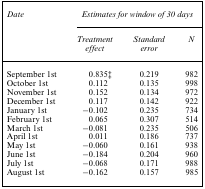
<table><thead><tr><td rowspan="2"><b><i>Date</i></b></td><td colspan="3"><b><i>Estimates for window of 30 days</i></b></td></tr><tr><td><b><i>Treatment</i></b></td><td><b><i>Standard</i></b></td><td><b><i>N</i></b></td></tr><tr><td></td><td><b><i>effect</i></b></td><td><b><i>error</i></b></td><td></td></tr></thead><tbody><tr><td>September 1st</td><td>0.835‡</td><td>0.219</td><td>982</td></tr><tr><td>October 1st</td><td>0.112</td><td>0.135</td><td>998</td></tr><tr><td>November 1st</td><td>0.152</td><td>0.134</td><td>972</td></tr><tr><td>December 1st</td><td>0.117</td><td>0.142</td><td>922</td></tr><tr><td>January 1st</td><td>−0.102</td><td>0.235</td><td>734</td></tr><tr><td>February 1st</td><td>0.065</td><td>0.307</td><td>514</td></tr><tr><td>March 1st</td><td>−0.081</td><td>0.235</td><td>506</td></tr><tr><td>April 1st</td><td>0.011</td><td>0.186</td><td>737</td></tr><tr><td>May 1st</td><td>−0.060</td><td>0.161</td><td>938</td></tr><tr><td>June 1st</td><td>−0.184</td><td>0.204</td><td>960</td></tr><tr><td>July 1st</td><td>−0.068</td><td>0.171</td><td>988</td></tr><tr><td>August 1st</td><td>−0.162</td><td>0.157</td><td>985</td></tr></tbody></table>